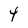
Character: 4